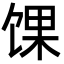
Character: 馃